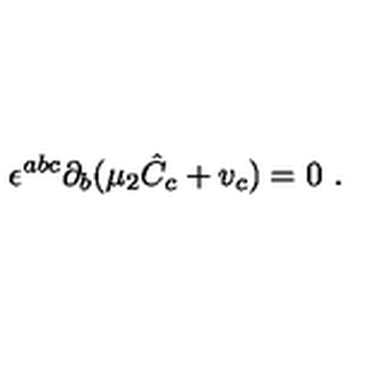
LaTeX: \epsilon ^ { a b c } \partial _ { b } ( \mu _ { 2 } { \hat { C } } _ { c } + v _ { c } ) = 0 \ .